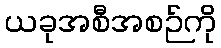
ယခုအစီအစဉ်ကို